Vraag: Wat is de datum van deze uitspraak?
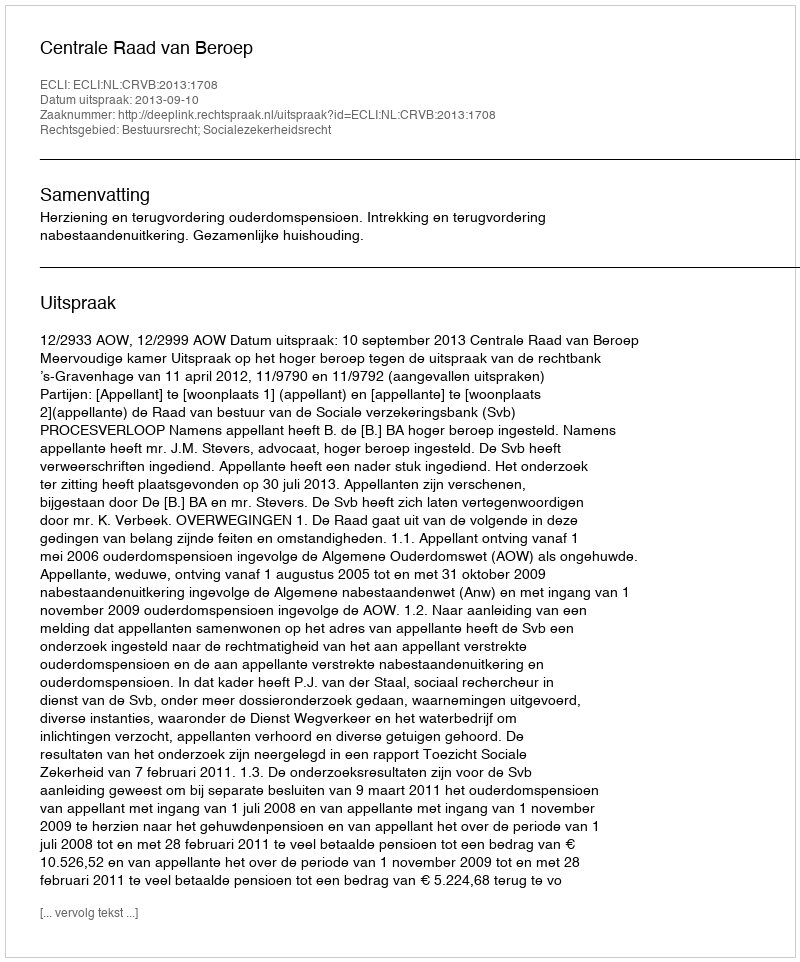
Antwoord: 2013-09-10